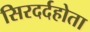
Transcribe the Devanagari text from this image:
सिरदर्दहोता